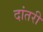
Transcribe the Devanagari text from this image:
दांतरी